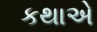
કથાએ